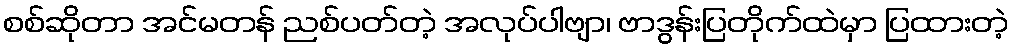
စစ်ဆိုတာ အင်မတန် ညစ်ပတ်တဲ့ အလုပ်ပါဗျာ၊ ဗာဒွန်းပြတိုက်ထဲမှာ ပြထားတဲ့